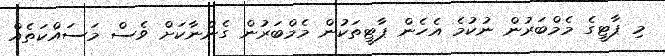
މި ޕާޓީގެ މެމްބަރުން ނުކުމެ އެހެން ޕާޓީތަކުން މެމްބަރުން ގެންނާކަށް ވެސް މަސައްކަތެއް